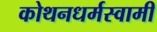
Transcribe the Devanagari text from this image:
कोथनधर्मस्वामी